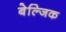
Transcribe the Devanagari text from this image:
बेल्जिक